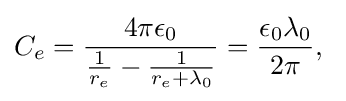
C_{e}={\frac {4\pi \epsilon _{0}}{{\frac {1}{r_{e}}}-{\frac {1}{r_{e}+\lambda _{0}}}}}={\frac {\epsilon _{0}\lambda _{0}}{2\pi }},\